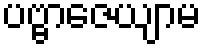
ပဗ္ဗာဇေယျာမ